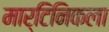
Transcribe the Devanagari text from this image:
मार्टिनिकला